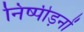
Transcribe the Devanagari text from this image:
निष्पीड़नों